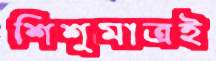
শিশুমাত্রই